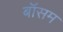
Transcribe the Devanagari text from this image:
बॉसम